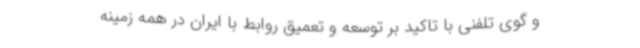
و گوی تلفنی با تاکید بر توسعه و تعمیق روابط با ایران در همه زمینه